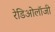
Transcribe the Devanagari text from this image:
रेडिओलॉजी